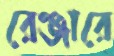
রেঞ্জারে